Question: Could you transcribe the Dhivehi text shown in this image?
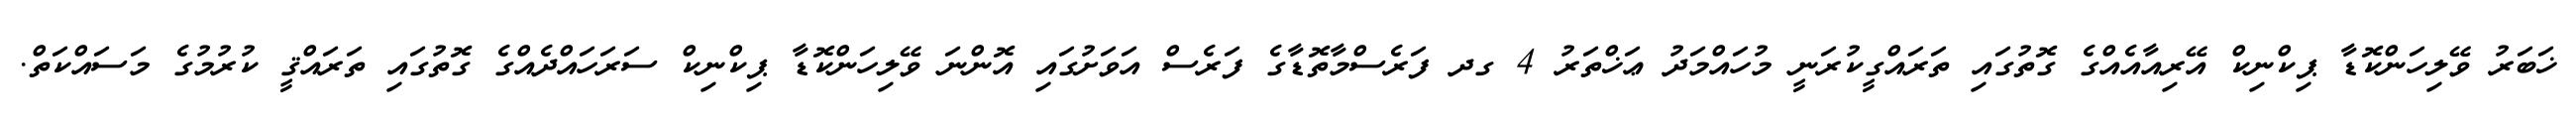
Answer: ޚަބަރު ވޭލިހަންކޮޑާ ޕިކްނިކް އޭރިއާއެއްގެ ގޮތުގައި ތަރައްގީކުރަނީ މުހައްމަދު ޢަޚްތަރު 4 ގދ ފަރެސްމާތޮޑާގެ ފަރެސް އަވަށުގައި އޮންނަ ވޭލިހަންކޮޑާ ޕިކްނިކް ސަރަހައްދެއްގެ ގޮތުގައި ތަރައްޤީ ކުރުމުގެ މަސައްކަތް.